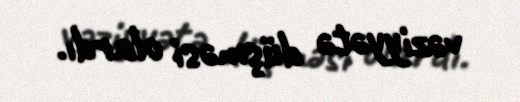
vəziyyətə düşməsi olardı.